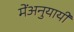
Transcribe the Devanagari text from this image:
मेंअनुयायी